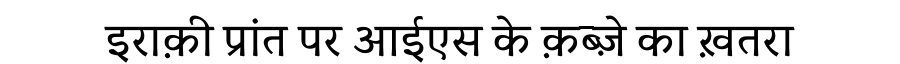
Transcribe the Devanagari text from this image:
इराक़ी प्रांत पर आईएस के क़ब्ज़े का ख़तरा